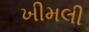
ખીમલી